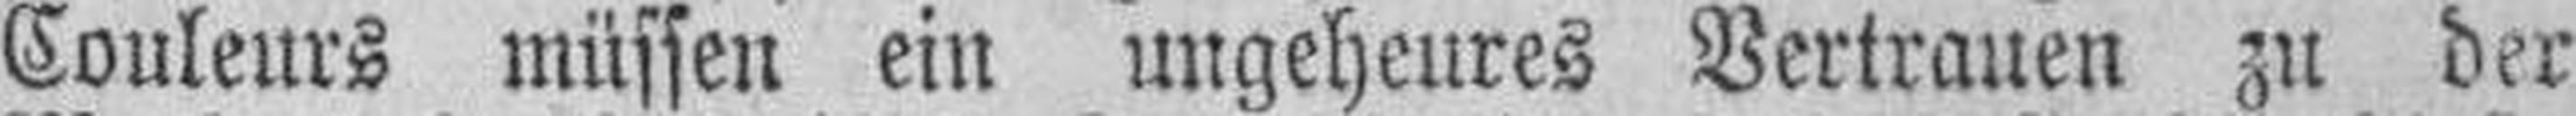
Couleurs müssen ein ungeheures Vertrauen zu der